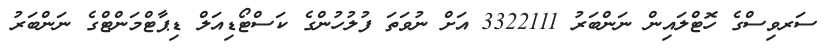
ސަރވިސްގެ ހޮޓްލައިން ނަންބަރު 3322111 އަށް ނުވަތަ ފުލުހުންގެ ކަސްޓޯޑިއަލް ޑިޕާޓްމަންޓްގެ ނަންބަރު